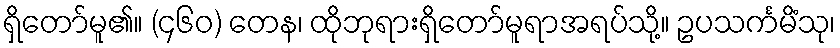
ရှိတော်မူ၏။ (၄၆၀) တေန၊ ထိုဘုရားရှိတော်မူရာအရပ်သို့။ ဥပသင်္ကမိံသု၊